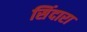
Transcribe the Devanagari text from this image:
सिंदारा